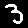
Digit: 3